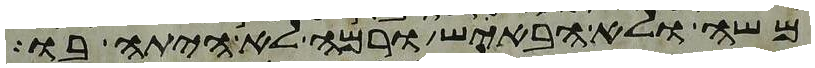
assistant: משה ולא הבאיש ורמה לא היתה בו